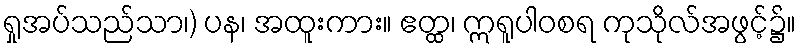
ရှုအပ်သည်သာ၊) ပန၊ အထူးကား။ ဧတ္ထ၊ ဣရူပါဝစရ ကုသိုလ်အဖွင့်၌။